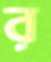
র